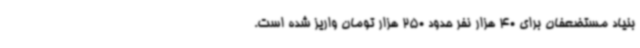
بنیاد مستضعفان برای 40 هزار نفر حدود 250 هزار تومان واریز شده است.